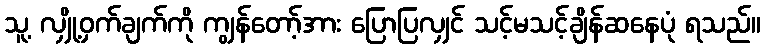
သူ့ လျှို့ဝှက်ချက်ကို ကျွန်တော့်အား ပြောပြလျှင် သင့်မသင့်ချိန်ဆနေပုံ ရသည်။